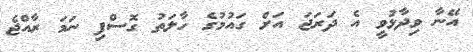
އޭނާ ވިދާޅުވީ އެ ދަރަޖަ އަށް ގައުމުގެ ހާލަތު ގޮސްފި ނަމަ ރާއްޖެ